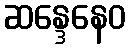
ဆန္ဒေနေဝ